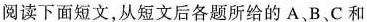
阅读下面短文,从短文后各题所给的 A、B、C 和